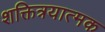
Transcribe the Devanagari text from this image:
शक्तित्रयात्मक